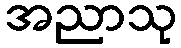
အညာသု